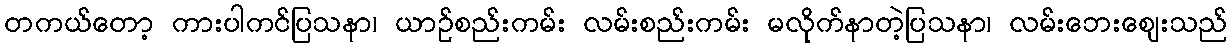
တကယ်တော့ ကားပါကင်ပြသနာ၊ ယာဉ်စည်းကမ်း လမ်းစည်းကမ်း မလိုက်နာတဲ့ပြသနာ၊ လမ်းဘေးဈေးသည်